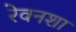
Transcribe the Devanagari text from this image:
रेवनशा